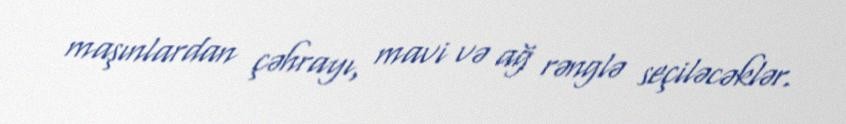
maşınlardan çəhrayı, mavi və ağ rənglə seçiləcəklər.